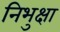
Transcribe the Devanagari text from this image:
निभुक्षा